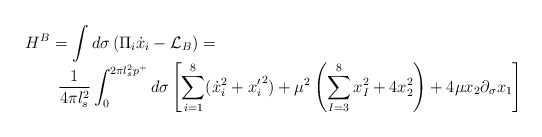
\begin{align*}\begin{array}{l}\displaystyle{H^B = \int d \sigma \left( \Pi_i \dot{x}_i - \mathcal{L}_B \right) = }\\\displaystyle{\qquad \frac{1}{4 \pi l_s^2} \int_{0}^{2 \pi l_s^2 p^+} d \sigma \left[ \sum_{i=1}^8 ({\dot{x}_i}^2 + {{x}_i^{\prime}}^2 ) + \mu^2 \left( \sum_{I=3}^8 x_I^2 + 4 x_2^2 \right) + 4 \mu x_2 \partial_\sigma x_1 \right]}\end{array}\end{align*}